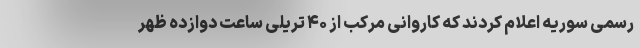
رسمی سوریه اعلام کردند که کاروانی مرکب از ۴۰ تریلی ساعت دوازده ظهر